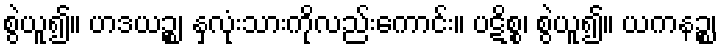
စွဲယူ၍။ ဟဒယဉ္စ၊ နှလုံးသားကိုလည်းကောင်း။ ပဋိစ္စ၊ စွဲယူ၍။ ယကနဉ္စ၊